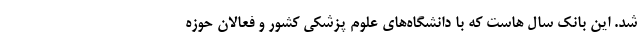
شد. این بانک سال هاست که با دانشگاه‌های علوم پزشکی کشور و فعالان حوزه